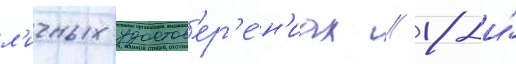
л'ичных удостов'ер'е́н'иах / 18-и́